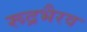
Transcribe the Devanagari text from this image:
रूद्रभैरव